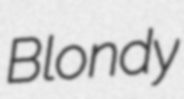
Blondy